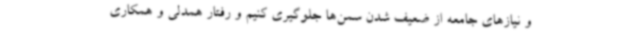
و نیازهای جامعه از ضعیف شدن سمن‌ها جلوگیری کنیم و رفتار همدلی و همکاری